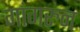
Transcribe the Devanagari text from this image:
गांगरुन